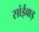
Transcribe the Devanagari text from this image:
सांईवाड़